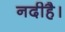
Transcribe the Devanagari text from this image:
नदीहै।